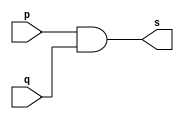
// ------------------------- 
//--Construir a tabela_verdade para a porta AND com 4 entradas. 
//--Obs.: Criar um mdulo que use outros mdulos AND de 2 entradas         
//----------------------------- 
// Exercicio09 - AND 
// Nome: Milton costa teles da silva
// ---------------------
// -- and gate
// ---------------------

module andgate1 (output s, input p,input q );
 assign s = p & q ;
endmodule // andgate1

module andgate4input(output s, input a, input b, input c, input d);	
	wire aux1,aux2;
	andgate1 and1(aux1,a,b);
	andgate1 and2(aux2,c,d);
	andgate1 and3(s,aux1,aux2);
endmodule
// ---------------------
// -- test and gate
// ---------------------

module testandgate;
  reg   a , b , c , d;//definir registradores
  wire  s;//conexo(fio)
//---------- instancia
  and AND1(s1,a,b);
  and AND2(s2,c,d);
  and AND3(s,s1,s2);
// ------------------------- preparacao
 initial begin:start 
  a=0; b=0; c=0; d=0;
end 


 initial begin:main 
      $display("Exercicio09 -  Milton teles da silva - 002751");
      $display("Test AND gate");
      $display("\na & b & c  & d= s\n");
  
$monitor("%b & %b & %b & %b = %b" ,  a , b , c , d, s);     
      #1 a=0; b=0; c=0; d=1;
      #1 a=0; b=0; c=1; d=0;
      #1 a=0; b=0; c=1; d=1;
		#1 a=0; b=1; c=0; d=0;
		#1 a=0; b=1; c=0; d=1;
		#1 a=0; b=1; c=1; d=0;
		#1 a=0; b=1; c=1; d=1;
		#1 a=1; b=0; c=0; d=0;
      #1 a=1; b=0; c=0; d=1;
      #1 a=1; b=0; c=1; d=0;
		#1 a=1; b=0; c=1; d=1;
		#1 a=1; b=1; c=0; d=0;
		#1 a=1; b=1; c=0; d=1;
		#1 a=1; b=1; c=1; d=0;
		#1 a=1; b=1; c=1; d=1;
 end
endmodule // testandgate